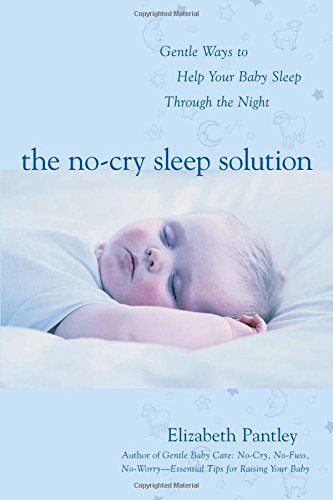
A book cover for The No-Cry Sleep Solution: Gentle Ways to Help Your Baby Sleep Through the Night; Elizabeth Pantley; Parenting & Relationships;